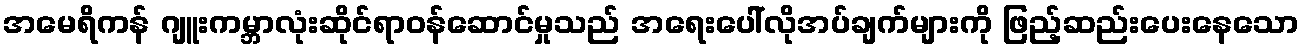
အမေရိကန် ဂျူးကမ္ဘာလုံးဆိုင်ရာဝန်ဆောင်မှုသည် အရေးပေါ်လိုအပ်ချက်များကို ဖြည့်ဆည်းပေးနေသော